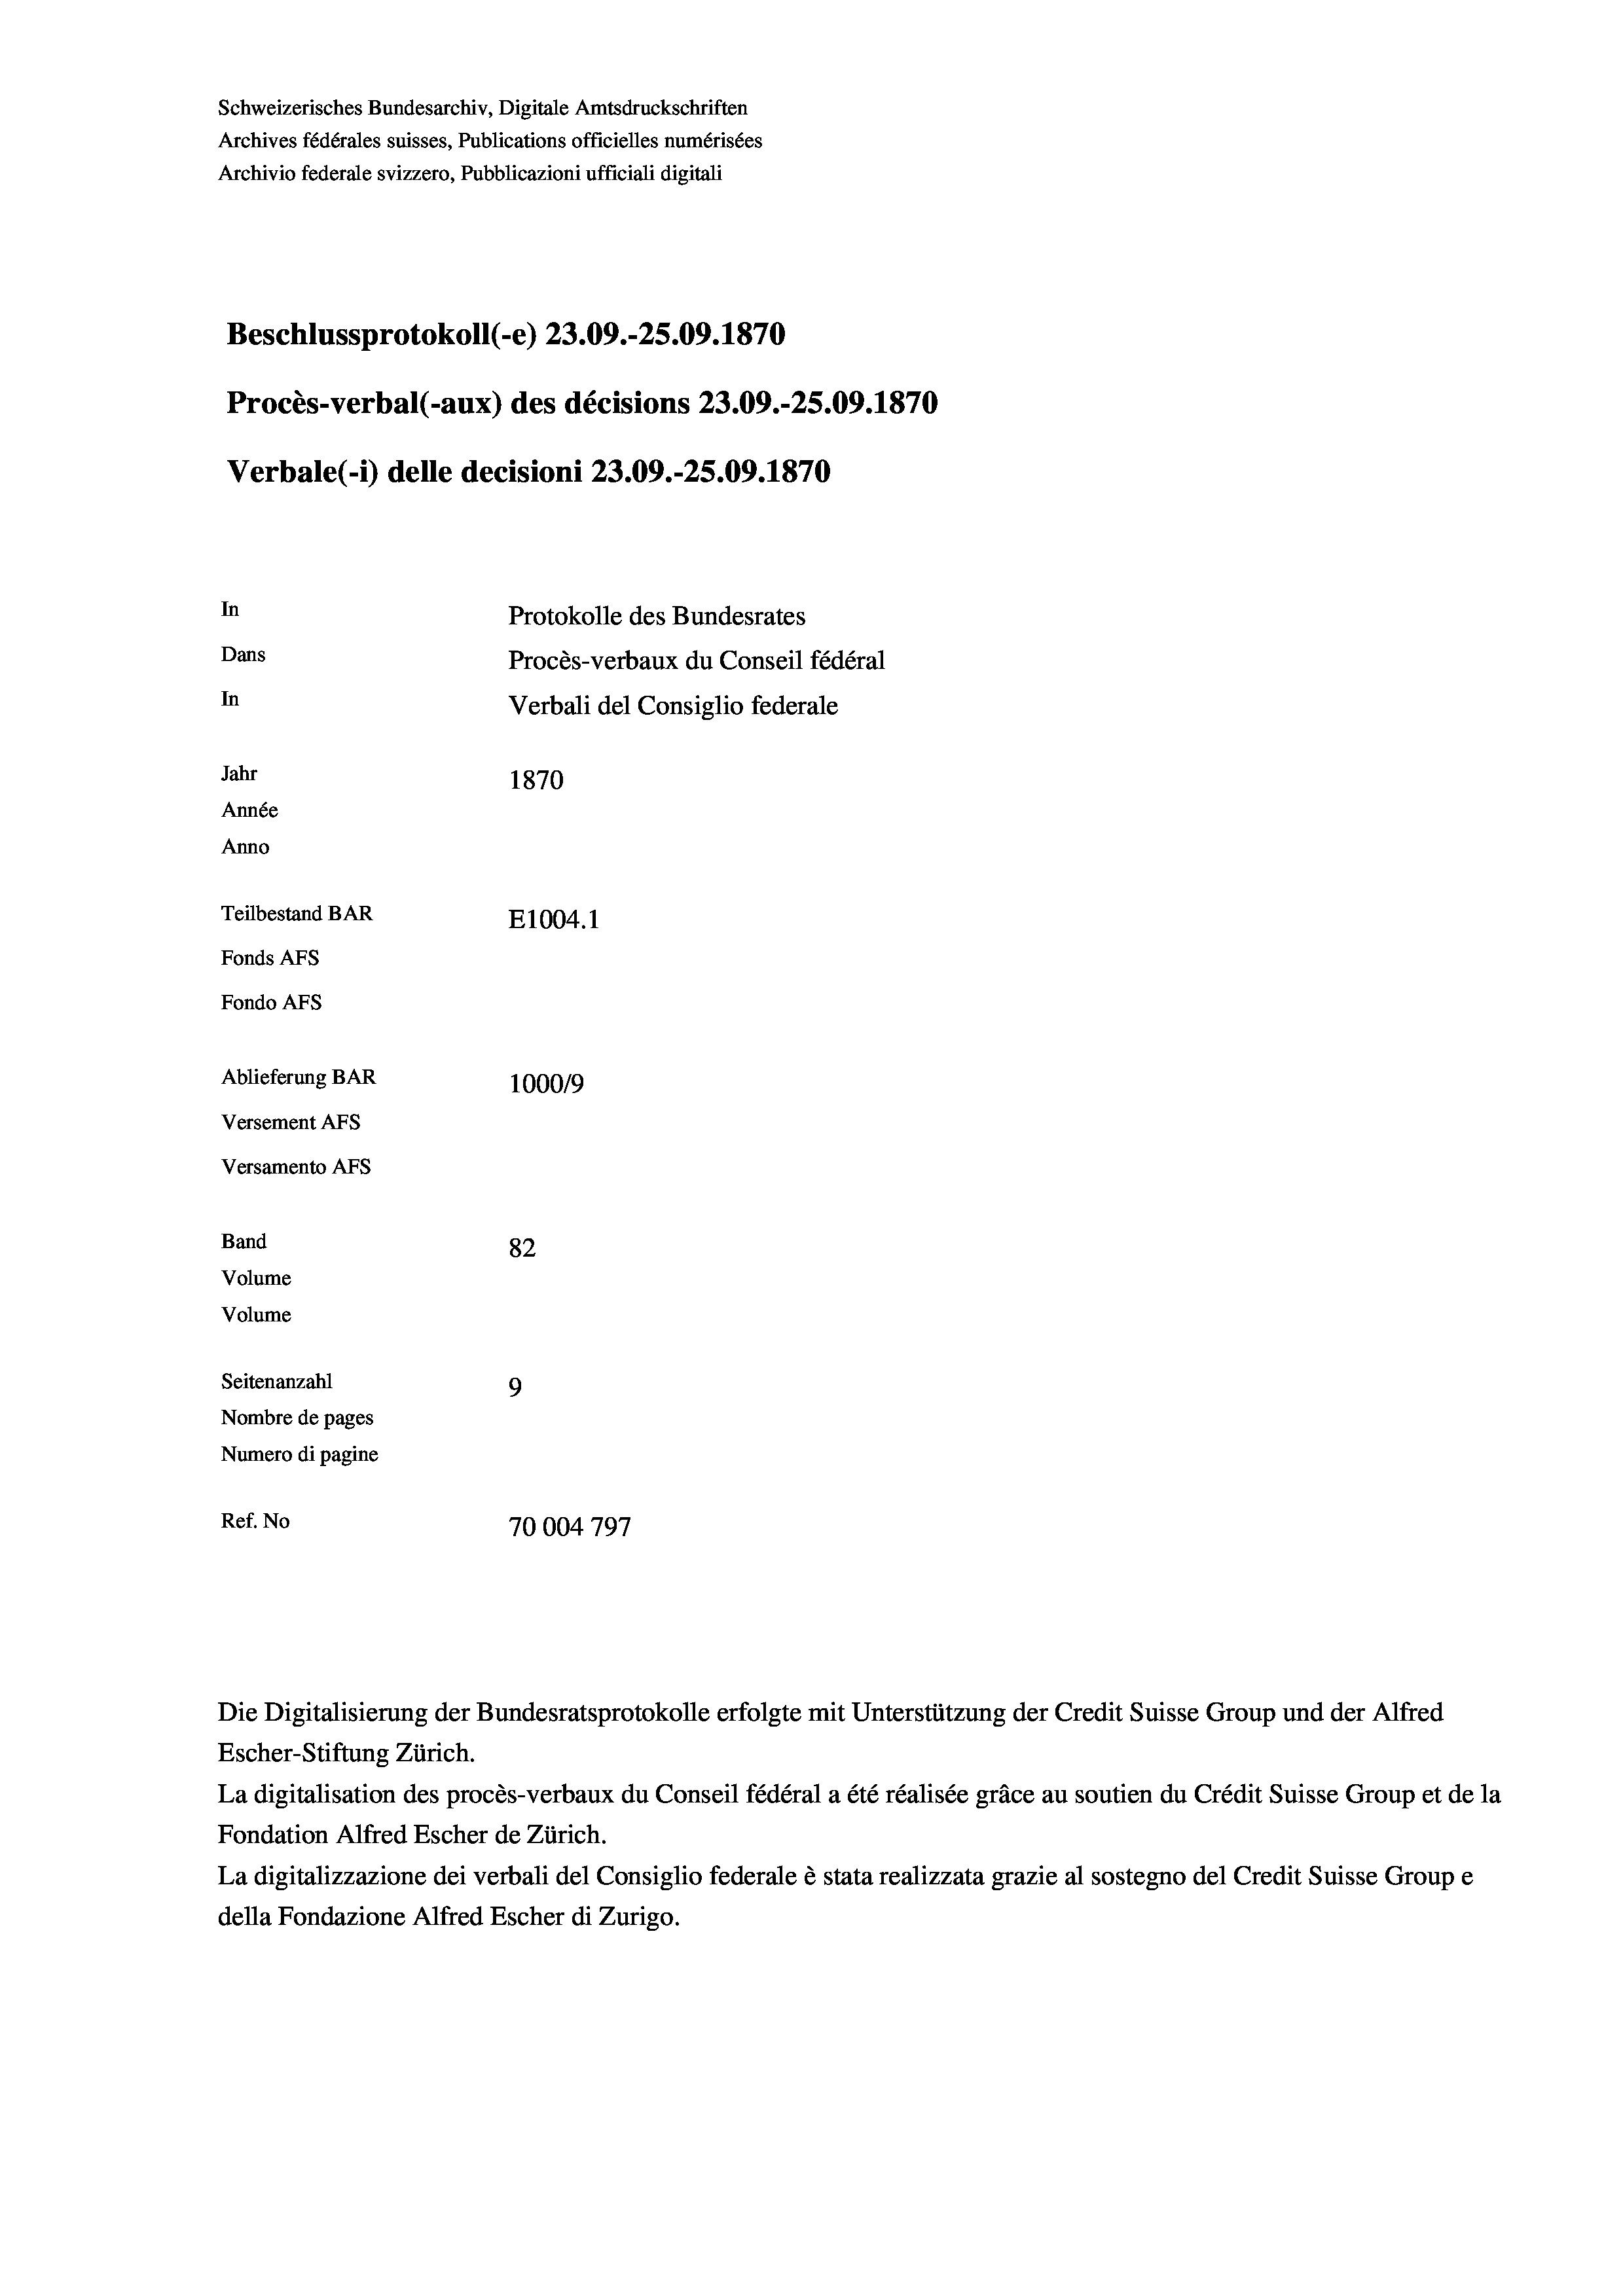
Schweizerisches Bundesarchiv, Digitale Amtsdruckschriften
Archives fédérales suisses, Publications officielles numérisées
Archivio federale svizzero, Pubblicazioni ufficiali digitali
Beschlussprotokoll (e) 23.09.-25.09. 1870
Procès-verbal (-aux) des décisions 23.09.-25.09. 1870
Verbale(*) delle decisioni 23.09.-25.09. 1870
In
Protokolle des Bundesrates
Dans
Procès-verbaux du Conseil fédéral
In
Verbali del Consiglio federale
Jahr
1870
Année
Anno
Teilbestand BAR
E1004. 1
Fonds AFs
Fondo AFs
Ablieferung BAR
100019
Versement As
Versamento AFs
Band
82
Volume
Volume

Seitenanzahl
9
Nombre de pages
Numero di pagine
Ref. No
70004797

Die Digitalisierung der Bundesratsprotokolle erfolgte mit Unterstützung der Credit Suisse Group und der Alfred
Escher-Stiftung Zürich.
La digitalisation des procès-verbaux du Conseil fédéral a été réalisée gräce au soutien du Crédit Suisse Group et de la
Fondation Alfred Escher de Zürich.
La digitalizzazione dei verbali del Consiglio federale è stata realizzata grazie al sostegno del Credit Suisse Groupe
della Fondazione Alfred Escher di Zurigo.